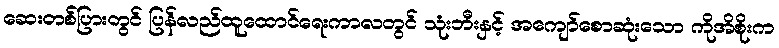
ဆေးတစ်ပြားတွင် ပြန်လည်ထူထောင်ရေးကာလတွင် သုံးဘီးနှင့် အကျော်စောဆုံးသော ကိုအိစိုးက